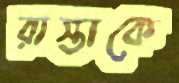
রাস্তাকে